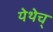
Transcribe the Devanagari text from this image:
येथेच्